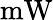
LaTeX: \mathrm{mW}